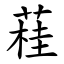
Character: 蓕